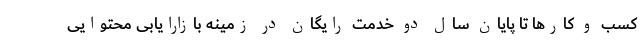
کسب و کارها تا پایان سال دو خدمت رایگان در زمینه بازارایابی محتوایی